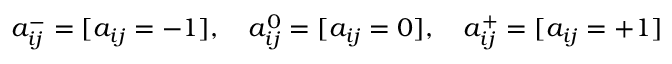
\begin{array} { r } { a _ { i j } ^ { - } = [ a _ { i j } = - 1 ] , \quad a _ { i j } ^ { 0 } = [ a _ { i j } = 0 ] , \quad a _ { i j } ^ { + } = [ a _ { i j } = + 1 ] } \end{array}